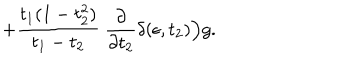
LaTeX: + { \frac { t _ { 1 } ( 1 - t _ { 2 } ^ { 2 } ) } { t _ { 1 } - t _ { 2 } } } ~ { \frac { \partial } { \partial t _ { 2 } } } \delta ( \epsilon , t _ { 2 } ) \Big ) g .